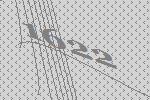
1622